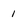
Character: 1